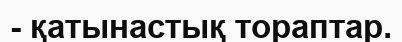
- қатынастық тораптар.